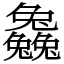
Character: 𠓗